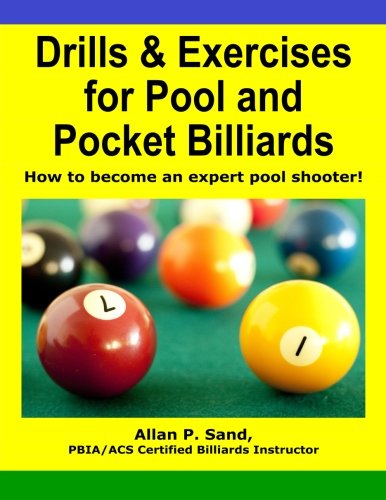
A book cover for Drills & Exercises for Pool and Pocket Billiard: Table Layouts to Master Pocketing & Positioning Skills; Mr. Allan P. Sand; Sports & Outdoors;